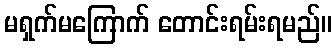
မရှက်မကြောက် တောင်းရမ်းရမည်။